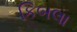
કિબલા